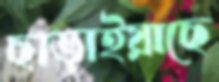
ছাড়াইয়াছে